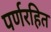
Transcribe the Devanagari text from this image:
पर्णरहित